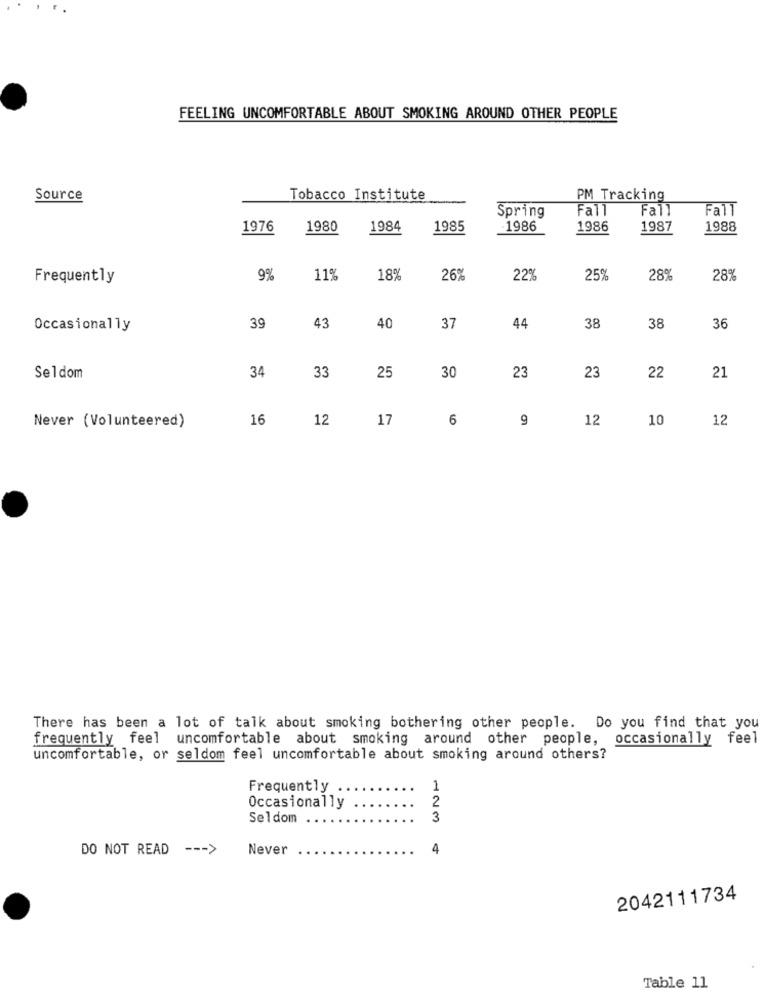
FEELING UNCOMFORTABLE ABOUT SMOKING AROUND OTHER PEOPLE
Source
Tobacco Institute
PM Tracking
Fall
Fall
Fall
Spring
1976
1980
1984
1985
-1986
1986
1987
1988
Frequently
9%
11%
18%
26%
229
25%
28%
28%
Occasionally
39
43
40
37
44
38
38
36
34
Seldom
33
25
30
23
23
22
21
16
12
17
6
9
12
10
12
Never (Volunteered)
There has been a lot of talk about smoking bothering other people. Do you find that you
frequently feel uncomfortable about smoking around other people, occasionally feel
uncomfortable, or seldom feel uncomfortable about smoking around others?
Frequently
1
2
Occasionally
Seldom
3
DO NOT READ --- >
Never
4
2042111734
Table 11